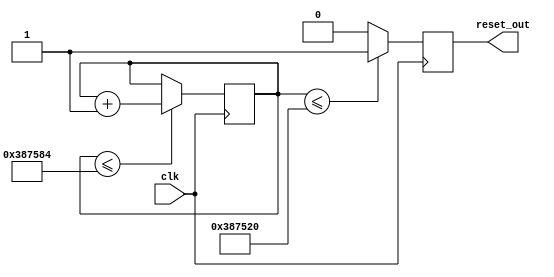
`default_nettype none

module resetgen#(parameter RESET_NUM = 3700*1000)
    (
     input wire clk,
     output wire reset_out
     );

    reg reset_reg = 1;
    reg [22:0] reset_cnt = 0;

    assign reset_out = reset_reg;

    always @(posedge clk) begin
	if(reset_cnt <= RESET_NUM + 100) begin
            reset_cnt <= reset_cnt + 1;
	end else begin
            reset_cnt <= reset_cnt;
	end
    end

    always @(posedge clk) begin
	if(reset_cnt <= RESET_NUM) begin
            reset_reg <= 1;
	end else begin
            reset_reg <= 0;
	end
    end

endmodule // resetgen

`default_nettype wire